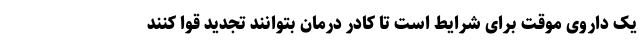
یک داروی موقت برای شرایط است تا کادر درمان بتوانند تجدید قوا کنند